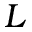
L